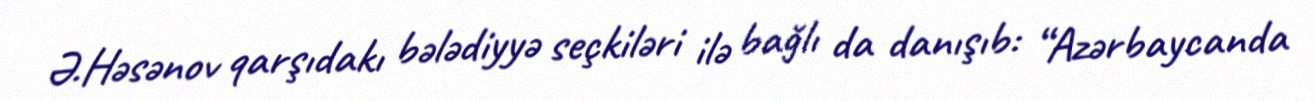
Ə.Həsənov qarşıdakı bələdiyyə seçkiləri ilə bağlı da danışıb: “Azərbaycanda